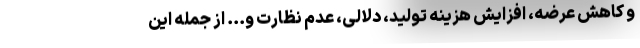
و کاهش عرضه، افزایش هزینه تولید، دلالی، عدم نظارت و... از جمله این